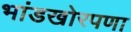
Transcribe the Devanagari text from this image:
भांडखोरपणा